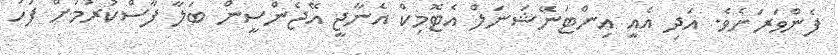
ފެންވަރަށެވެ. އަދި އެއީ އިންޓަނޭޝަނަލް އެޓޮމިކް އެނާޖީ އޭޖެންސީން ބަލާ ފާސްކުރުމަށް ފަހު